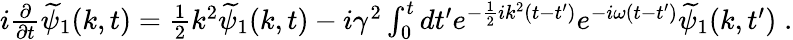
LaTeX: \begin{array}{r}{i\frac{\partial}{\partial t}\widetilde{\psi}_{1}(k,t)=\frac{1}{2}k^{2}\widetilde{\psi}_{1}(k,t)-i\gamma^{2}\int_{0}^{t}dt^{\prime}e^{-\frac{1}{2}ik^{2}(t-t^{\prime})}e^{-i\omega(t-t^{\prime})}\widetilde{\psi}_{1}(k,t^{\prime})\; .}\end{array}